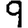
Digit: 9